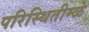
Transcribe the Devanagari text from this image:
परिस्थितीम्ळे